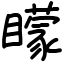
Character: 矇